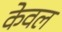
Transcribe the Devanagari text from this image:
केेवल